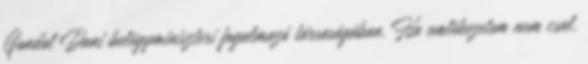
Gondol Dani belügyminiszteri fogalmazó társaságában. Ha emlékezetem nem csal,